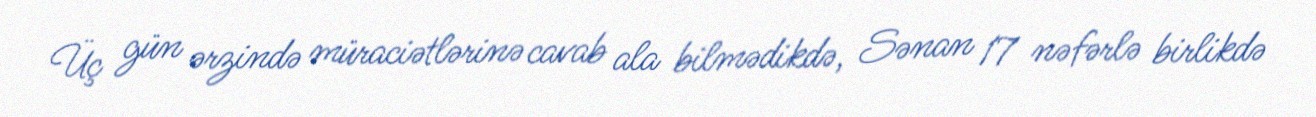
Üç gün ərzində müraciətlərinə cavab ala bilmədikdə, Sənan 17 nəfərlə birlikdə